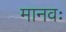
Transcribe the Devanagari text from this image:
मानवः